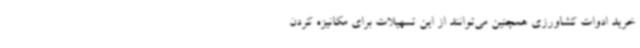
خرید ادوات کشاورزی همچنین می‌توانند از این تسهیلات برای مکانیزه کردن